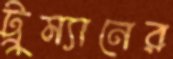
ট্রুম্যানের